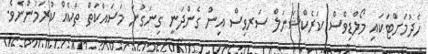
ހެދުމަށްޓަކައި މޯލްޑިވްސް ކަރެކްޝަނަލް ސަރވިސް އިން ގެންދަނީ ގިނަގުނަ މަސައްކަތް ތަކެއް ކުރަމުންނެވެ.